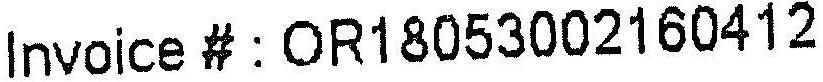
INVOICE # : OR18053002160412